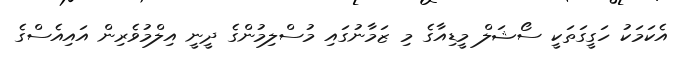
އެކަމަކު ހަގީގަތަކީ ސޯޝަލް މީޑިއާގެ މި ޒަމާނުގައި މުސްލިމުންގެ ދީނީ އިލްމުވެރިން އައިއެސްގެ